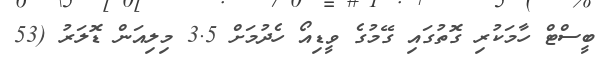
ބީސްޓް ހާމަކުރި ގޮތުގައި ގޭމުގެ ވީޑިއޯ ހެދުމަށް 3.5 މިލިއަން ޑޮލަރު (53